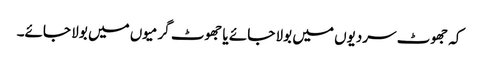
کہ جھوٹ سردیوں میں بولا جائے یا جھوٹ گرمیوں میں بولا جائے۔